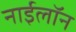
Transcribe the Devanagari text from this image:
नाईलॉन